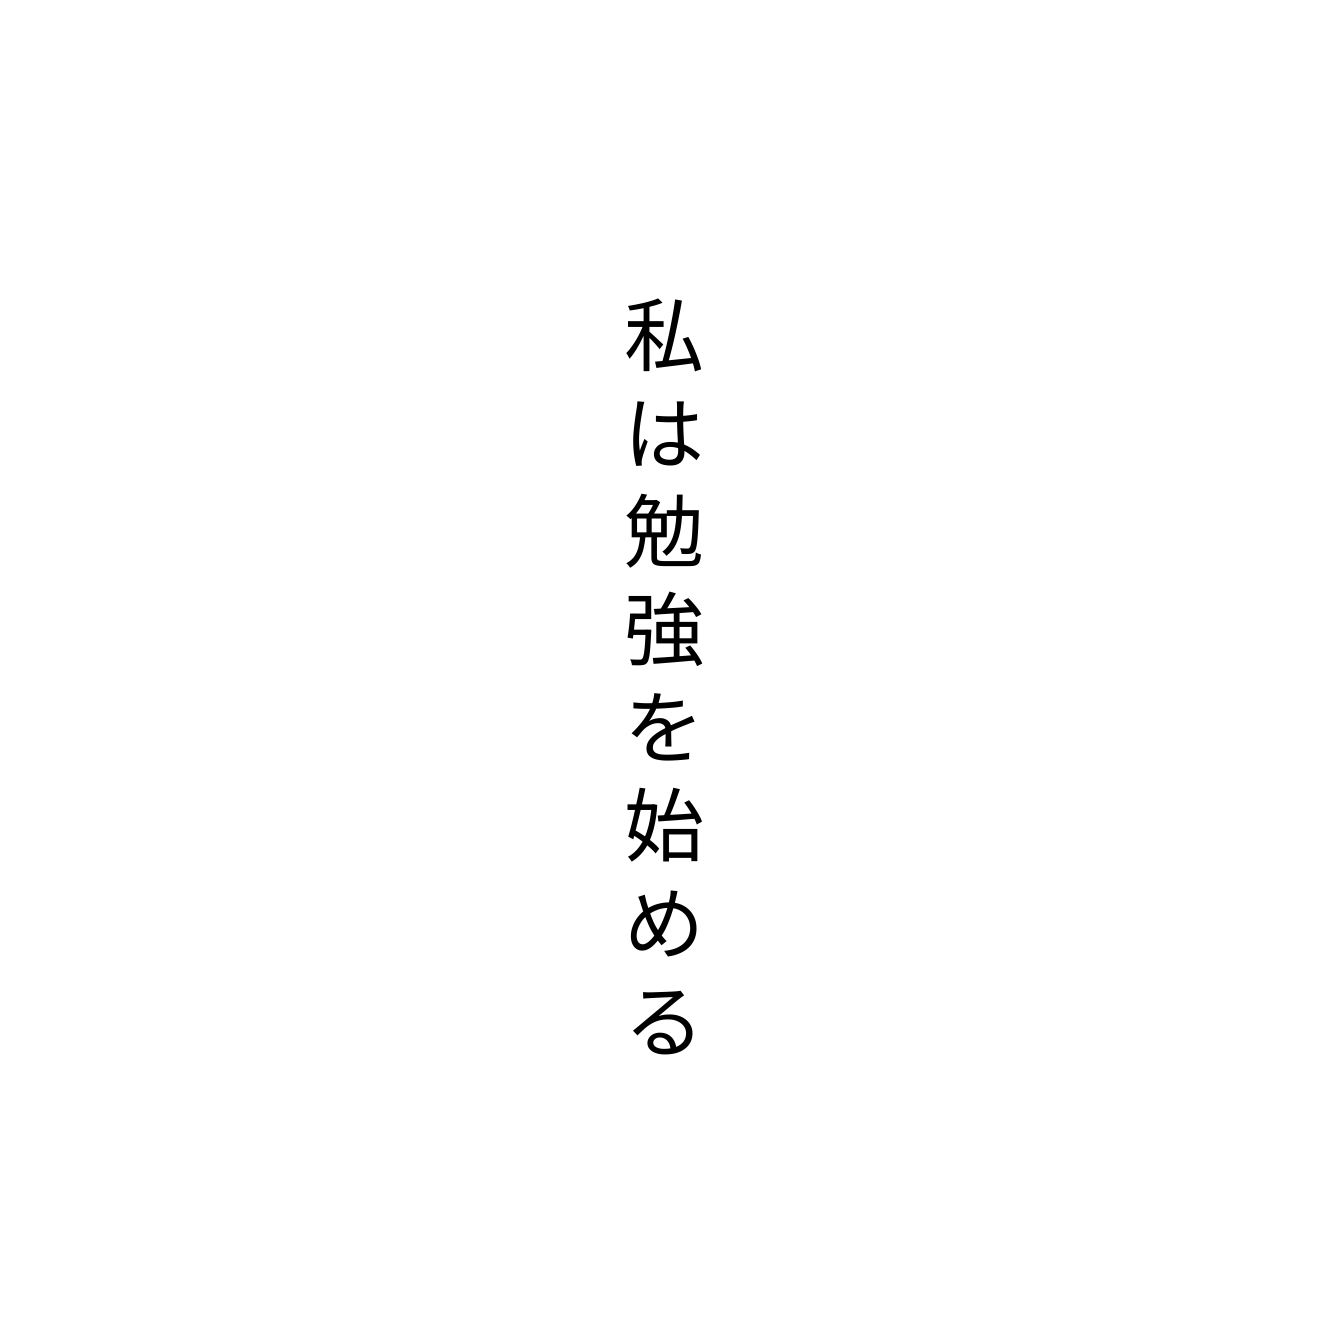
私は勉強を始める